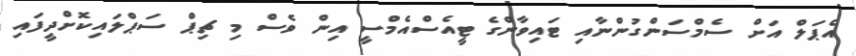
އެޕަލް އަށް ސެމްސަންގުންނާއި ޓައިވާންގެ ޓީއެސްއެމްސީ އިން ވެސް މި ޗިޕް ސަޕްލައިކޮށްދީފައި